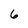
Character: 6